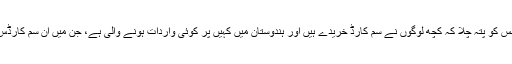
کولکاتا کے ملٹری انٹیلی جنس کو پتہ چلا کہ کچھ لوگوں نے سم کارڈ خریدے ہیں اور ہندوستان میں کہیں پر کوئی واردات ہونے والی ہے، جن میں ان سم کارڈس کا استعمال ہونے والا ہے۔